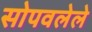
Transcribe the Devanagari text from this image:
सोपवलेले